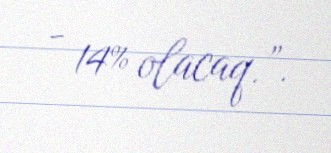
- 14% olacaq.”.